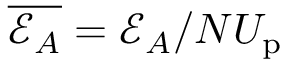
\overline { { \mathcal { E } _ { A } } } = { \mathcal { E } _ { A } } / N U _ { \mathrm { p } }